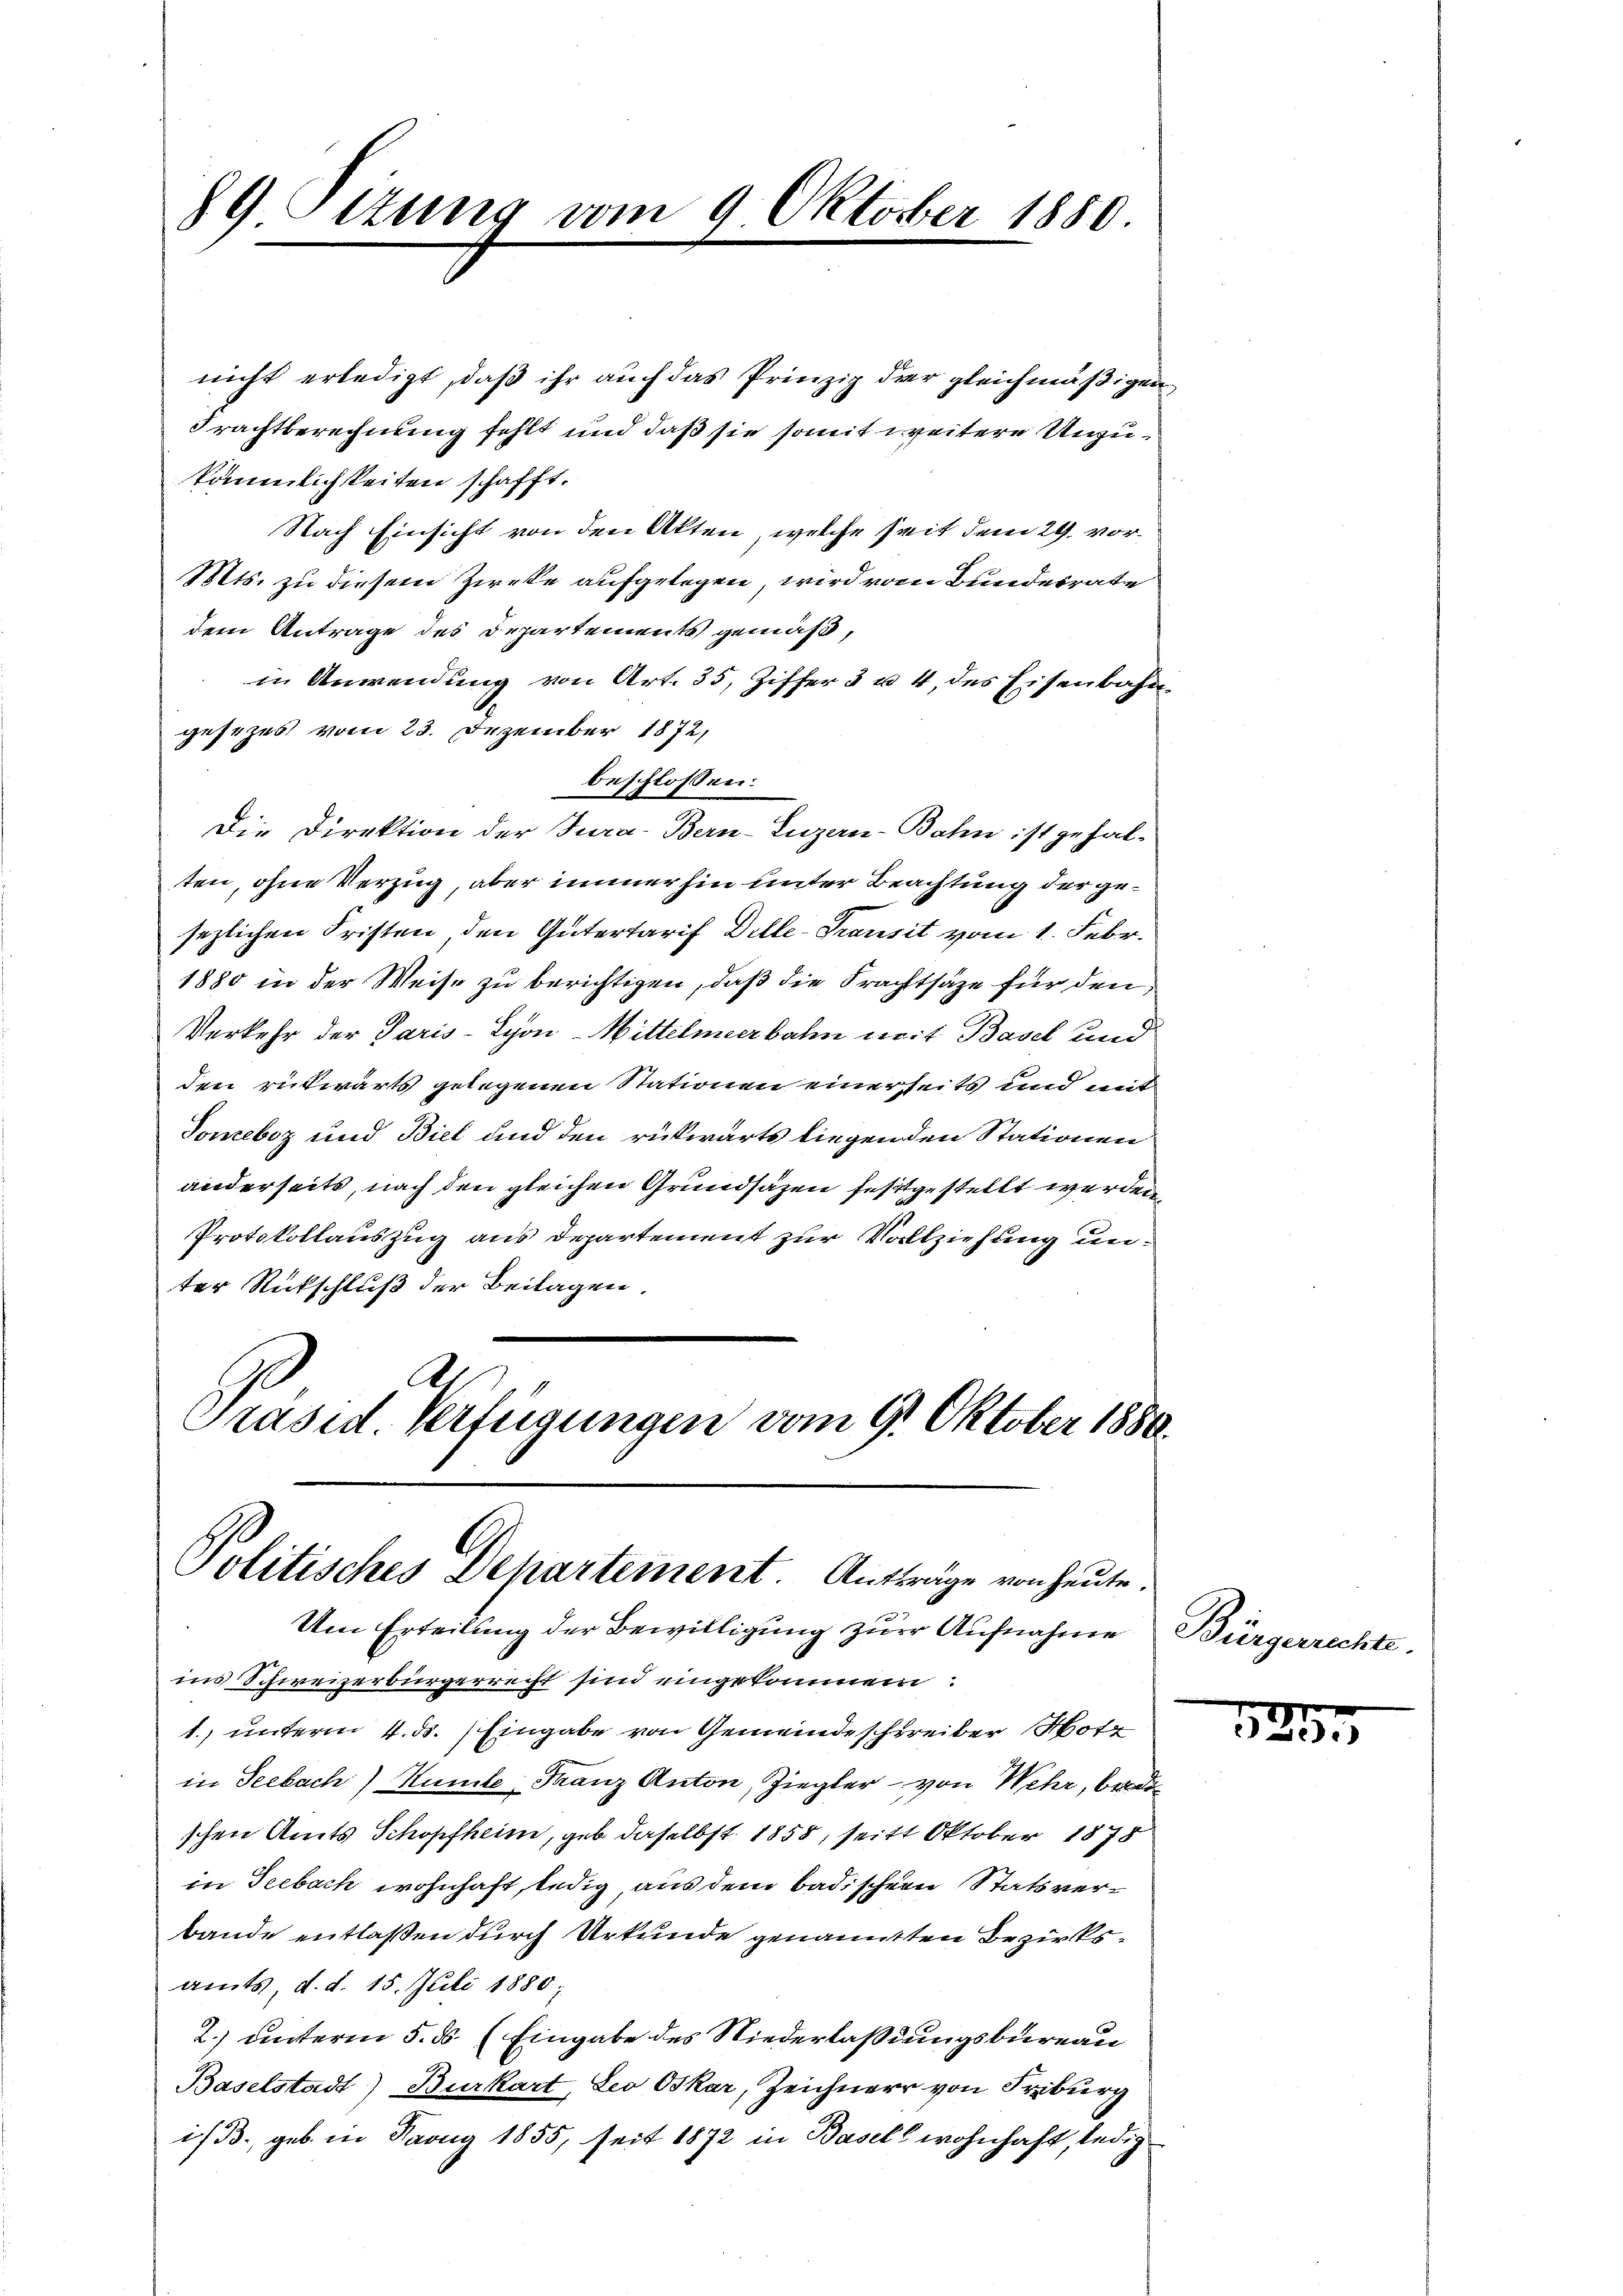
89 Ottung vom 9 Oktober 1880.

nicht erledigt, daß ihr auch das Prinzip der gleichmäßigen
Frachtberechnung fehlt und daß sie somit weitere Unzukämmlichkeiten schafft.
Nach Einsicht von den Akten, welche seit dem 29. vor¬
Mts. zu diesem Zirke aufgelegen, wird vom Bundesrate
dem Antrage des Departements gemäß,
in Anwendung von Art. 35, Ziffer 3 u. 4 des Eisenbahngesezes vom 23. Dezember 1872,
beschlossen:
Die Direktion der Jura-Bern-Luzern-Bahn ist gehalten, ohne Verzug, aber immerhin unter Beachtung der gesezlichen Fristen, den Gütertarif Dille-Transit vom 1. Febr.
1880 in der Weise zu berichtigen, daß die Prachtsäze für den
Verkehr der Paris-Syon-Mittelmeerbahn mit Basel und
den rückwärts gelegenen Stationen einerseits und mit
Soneboz und Biel und den rückwärts liegenden Stationen
anderseits, nach den gleichen Grundsäzen festgestellt werden
Protokollauszug aus Departement zur Vollziehung unter Rückschluß der Beilagen,
Ar
Präsid Verfügungen vom 9. Oktober 1880.

Politisches Departement. Aufträge von heute

Um Erteilung der Bewilligung zur Aufnahme
ins Schweizerbürgerrecht sinn eingekommen.
1. unterm 4. ds. Eingabe von Gemeindeschreiber Mott
in Seebach) Humbe Franz Anton, Ziegler - von Wehr, be
schen Amts Schopfheim, geb. daselbst 1858, seitt Oktober 1878
in Seebach wohnhaft, ledig aus dem badischer Statsverbande entlaßen durch Urkunde genannten Bezirksamts, d. d. 15. Juli 1880;
2.) unterm 5. ds. (Eingabe des Niederlaßungsbureau
Baselstadt) Burkart, Leo Oskar, Zeichnerr von Freiburg
i/3, geb. in Jang 1855, seit 1872 in Basels wohnhaft, ledig

Bürgerrechte

1255